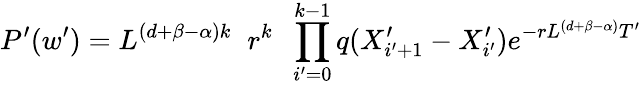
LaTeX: P^{\prime}(w^{\prime})=L^{(d+\beta-\alpha)k}\; \; r^{k}\; \; \prod_{i^{\prime}=0}^{k-1}q(X_{i^{\prime}+1}^{\prime}-X_{i^{\prime}}^{\prime})e^{-rL^{(d+\beta-\alpha)}T^{\prime}}